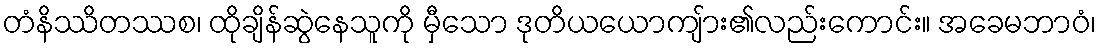
တံနိဿိတဿစ၊ ထိုချိန်ဆွဲနေသူကို မှီသော ဒုတိယယောကျ်ား၏လည်းကောင်း။ အခေမဘာဝံ၊